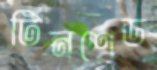
টিনশেড